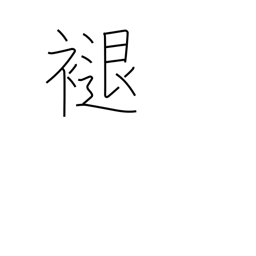
Meaning: discolour